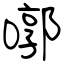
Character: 㗥